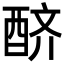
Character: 𨠨